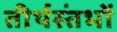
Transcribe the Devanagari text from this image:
तीर्थस्तंभों